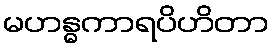
မဟန္ဓကာရပိဟိတာ